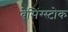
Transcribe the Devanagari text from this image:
बेसिंग्स्टोक